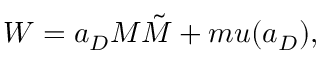
W = a _ { D } M \tilde { M } + m u ( a _ { D } ) ,